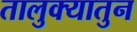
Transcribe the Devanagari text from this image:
तालुक्यातुन